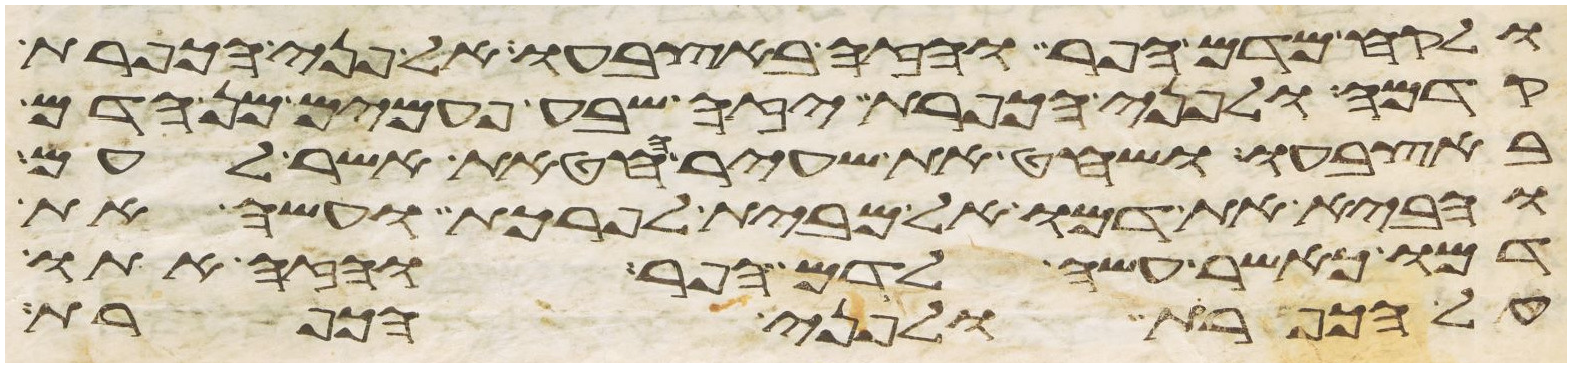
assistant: ולקח מדם הפר והזה באצבעו אל פני הכפרת
קדמה ולפני הכפרת יזה שבע פעמים מן הדם
באצבעו ושחט את שעיר החטאת אשר לעם
והביא את דמו אל מבית לפרכת ועשה את
דמו כאשר עשה לדם הפר והזה אתו
על הכפרת ולפני הכפרת